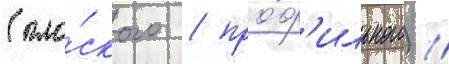
(пло́ского / про́ф'ильного) /